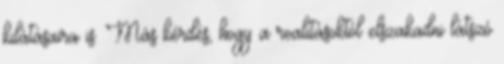
kilátásaira is. Más kérdés, hogy a realitásoktól elszakadni látszó